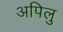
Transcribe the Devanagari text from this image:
अपिलु